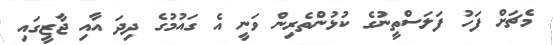
މެޗަށް ފަހު ފަލަސްތީނުގެ ކުޅުންތެރިން ވަނީ އެ ގައުމުގެ ދިދަ އާއި ޖާޒީގައި